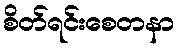
စိတ်ရင်းစေတနာ